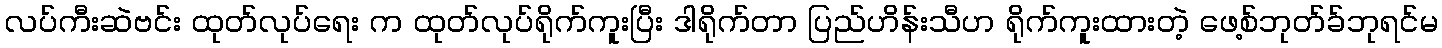
လပ်ကီးဆဲဗင်း ထုတ်လုပ်ရေး က ထုတ်လုပ်ရိုက်ကူးပြီး ဒါရိုက်တာ ပြည်ဟိန်းသီဟ ရိုက်ကူးထားတဲ့ ဖေ့စ်ဘုတ်ခ်ဘုရင်မ